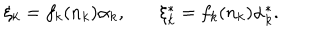
\xi _ { k } = f _ { k } ( n _ { k } ) \alpha _ { k } , ~ \xi _ { k } ^ { * } = f _ { k } ( n _ { k } ) \alpha _ { k } ^ { * } .